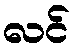
လင်